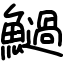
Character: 𩼣